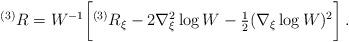
LaTeX: \begin{align*}{}^{(3)}R=W^{-1} \biggl [ {}^{(3)}R_{\xi}-2\nabla_{\xi}^{2}\log W-{\textstyle\frac{1}{2}}(\nabla_{\xi}\log W)^{2} \biggr ] \, .\end{align*}